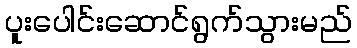
ပူးပေါင်းဆောင်ရွက်သွားမည်